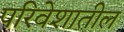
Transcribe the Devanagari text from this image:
परिवेशातील